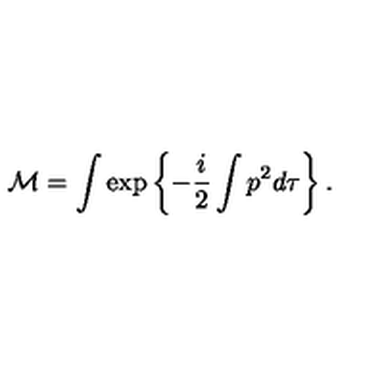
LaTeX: { \cal M } = \int \exp \left\{ - \frac { i } { 2 } \int p ^ { 2 } d \tau \right\} .